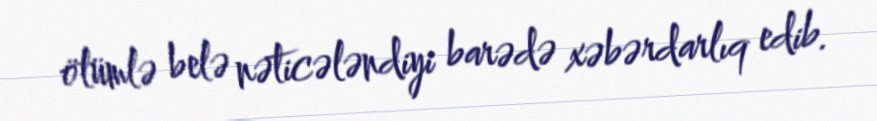
ölümlə belə nəticələndiyi barədə xəbərdarlıq edib.